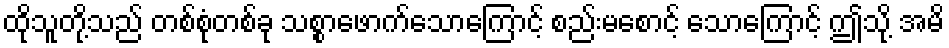
ထိုသူတို့သည် တစ်စုံတစ်ခု သစ္စာဖောက်သောကြောင့် စည်းမစောင့် သောကြောင့် ဤသို့ အမိ